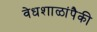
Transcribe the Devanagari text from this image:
वेधशाळांपैकी